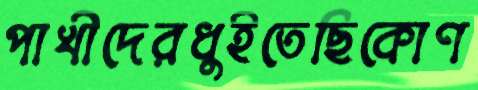
পাখীদেরধুইতেছিকোণ